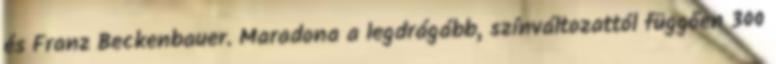
és Franz Beckenbauer. Maradona a legdrágább, színváltozattól függően 300